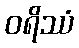
ဝရိဿံ